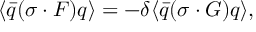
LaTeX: \langle \bar { q } ( \sigma \cdot F ) q \rangle = - \delta \langle \bar { q } ( \sigma \cdot G ) q \rangle ,